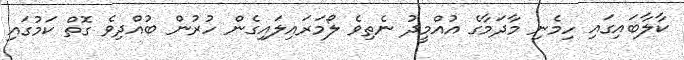
ކާލާބައިގައި ހިމެނި މާދަމާގެ އުއްމީދު ނެތިވެ ލޯމަރައިލައިގެން ހުރުން ބުއްދިވެ ގޮތް ކަމުގައި